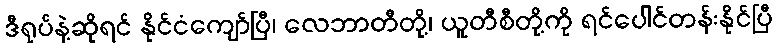
ဒီရုပ်နဲ့ဆိုရင် နိုင်ငံကျော်ပြီ၊ လေဘာတီတို့၊ ယူတီစီတို့ကို ရင်ပေါင်တန်းနိုင်ပြီ